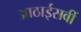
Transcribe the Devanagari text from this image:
आठाईसवीं